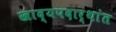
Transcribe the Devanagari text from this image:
खाद्यपदार्थांत